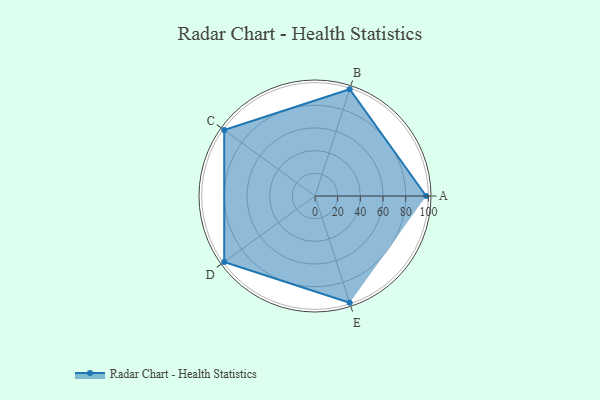
{"axis": {"x": "Skill", "y": "Score"}, "legend": ["Profile"], "data": [{"x": "A", "y": 98.0, "type": "Profile"}, {"x": "B", "y": 99, "type": "Profile"}, {"x": "C", "y": 99, "type": "Profile"}, {"x": "D", "y": 99, "type": "Profile"}, {"x": "E", "y": 99, "type": "Profile"}]}